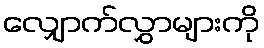
လျှောက်လွှာများကို